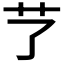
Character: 𦫼